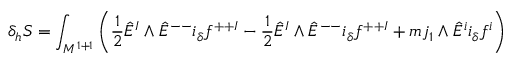
\delta _ { h } S = \int _ { { \cal M } ^ { 1 + 1 } } \left( { \frac { 1 } { 2 } } \hat { E } ^ { I } \wedge \hat { E } ^ { -- } i _ { \delta } f ^ { + + I } - { \frac { 1 } { 2 } } \hat { E } ^ { I } \wedge \hat { E } ^ { -- } i _ { \delta } f ^ { + + I } + m j _ { 1 } \wedge \hat { E } ^ { i } i _ { \delta } f ^ { i } \right)